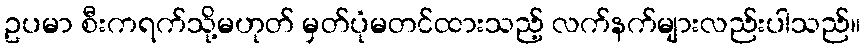
ဥပမာ စီးကရက်သို့မဟုတ် မှတ်ပုံမတင်ထားသည့် လက်နက်များလည်းပါသည်။